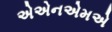
એએનએમએ